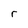
Character: r